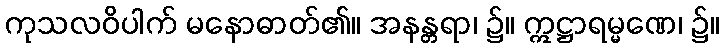
ကုသလဝိပါက် မနောဓာတ်၏။ အနန္တရာ၊ ၌။ ဣဋ္ဌာရမ္မဏေ၊ ၌။